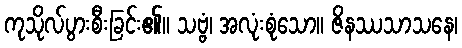
ကုသိုလ်ပွားစီးခြင်း၏။ သဗ္ဗံ၊ အလုံးစုံသော။ ဇိနဿသာသနေ၊